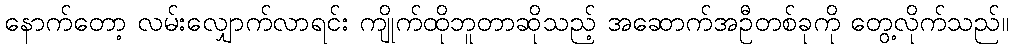
နောက်တော့ လမ်းလျှောက်လာရင်း ကျိုက်ထိုဘူတာဆိုသည့် အဆောက်အဦတစ်ခုကို တွေ့လိုက်သည်။